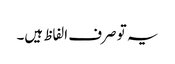
یہ تو صرف الفاظ ہیں۔